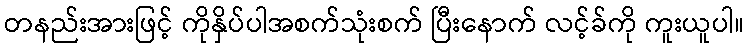
တနည်းအားဖြင့် ကိုနှိပ်ပါအစက်သုံးစက် ပြီးနောက် လင့်ခ်ကို ကူးယူပါ။